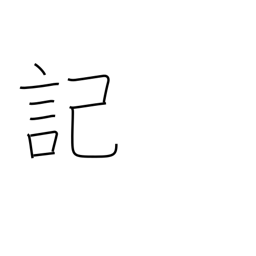
Meaning: scribe